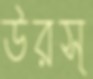
উরস্